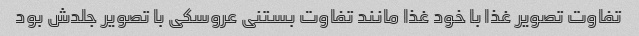
تفاوت تصویر غذا با خود غذا مانند تفاوت بستنی عروسکی با تصویر جلدش بود